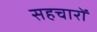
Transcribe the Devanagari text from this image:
सहचारों